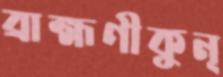
ব্রাহ্মণীকুন্